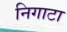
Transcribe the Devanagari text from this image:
निगाटा